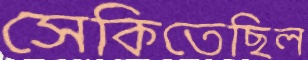
সেকিতেছিল